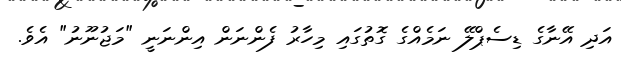
އަދި އޭނާގެ ޑިސެޕްލޭ ނަމެއްގެ ގޮތުގައި މިހާރު ފެންނަން އިންނަނީ "މަޖުނޫނު" އެވެ.